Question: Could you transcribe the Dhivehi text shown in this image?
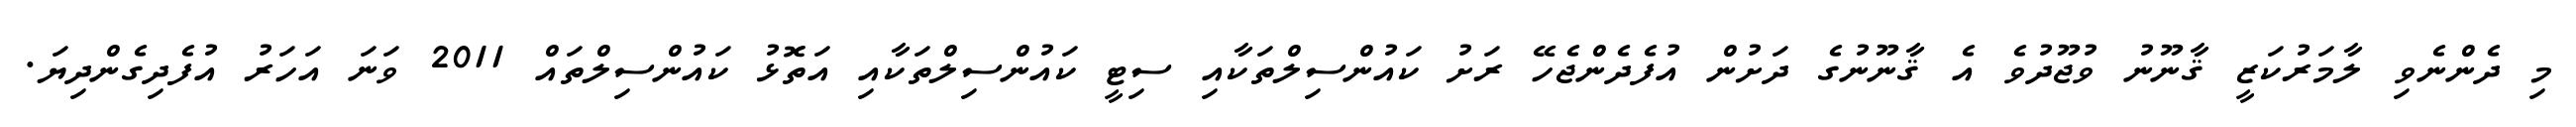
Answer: މި ދެންނެވި ލާމަރުކަޒީ ޤާނޫނު ވުޖޫދުވެ އެ ޤާނޫނުގެ ދަށުން އުފެދެންޖެހޭ ރަށު ކައުންސިލްތަކާއި ސިޓީ ކައުންސިލްތަކާއި އަތޮޅު ކައުންސިލްތައް 2011 ވަނަ އަހަރު އުފެދިގެންދިޔަ.